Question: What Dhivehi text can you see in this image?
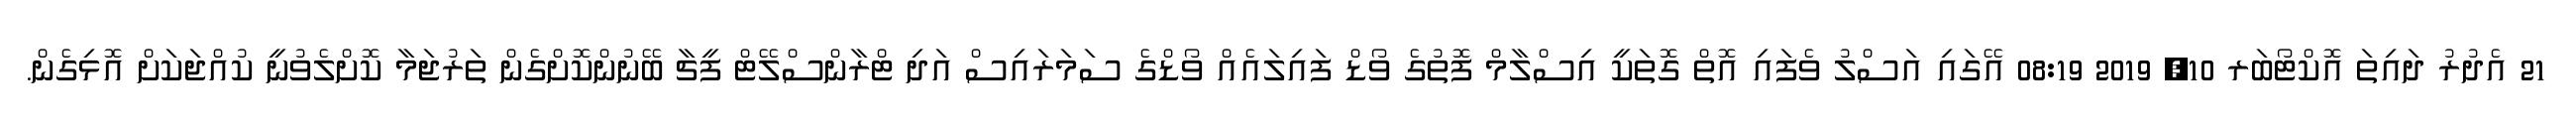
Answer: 21 އެދުރު ދައިތަ އޮކްޓޯބަރ 10, 2019 08:19 އޭގައި އަސްލު ވެފައި އޮތް ގޮތަކީ އިސްލާމް ފޮތުގެ ވޯޑް ފައިލައެއް ވޯޑްގެ ސަމަރައިސް އަދި ޓްރާންސްލޭޓް ފީޗާ ބޭނުންކޮށްގެން ތަރުޖަމާ ކޮށްލެވުނީ ކުއްޖަކަށް އޮޅިގެން.